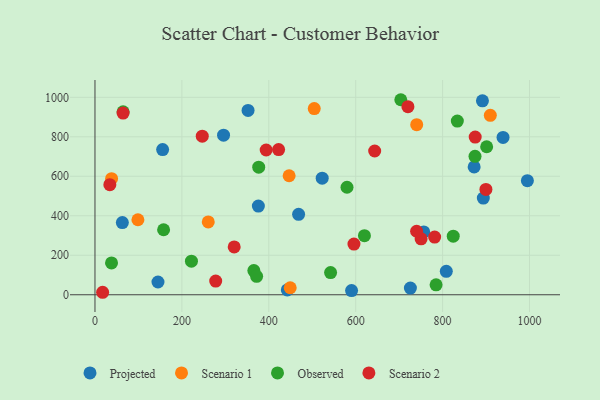
{"axis": {"x": "Speed", "y": "Demand"}, "legend": ["Observed", "Projected", "Scenario 1", "Scenario 2"], "data": [{"x": "590.5", "y": 21.4, "type": "Projected"}, {"x": "522.9", "y": 590.6, "type": "Projected"}, {"x": "468.6", "y": 407.5, "type": "Projected"}, {"x": "725.9", "y": 33.8, "type": "Projected"}, {"x": "893.7", "y": 489.6, "type": "Projected"}, {"x": "442.6", "y": 24.6, "type": "Projected"}, {"x": "808.5", "y": 118.5, "type": "Projected"}, {"x": "939.1", "y": 796.8, "type": "Projected"}, {"x": "872.6", "y": 647.3, "type": "Projected"}, {"x": "145.0", "y": 64.7, "type": "Projected"}, {"x": "295.9", "y": 808.0, "type": "Projected"}, {"x": "995.1", "y": 577.9, "type": "Projected"}, {"x": "155.7", "y": 735.4, "type": "Projected"}, {"x": "376.0", "y": 449.3, "type": "Projected"}, {"x": "352.3", "y": 933.3, "type": "Projected"}, {"x": "63.0", "y": 365.7, "type": "Projected"}, {"x": "891.7", "y": 982.2, "type": "Projected"}, {"x": "756.6", "y": 318.4, "type": "Projected"}, {"x": "504.6", "y": 942.8, "type": "Scenario 1"}, {"x": "260.7", "y": 369.0, "type": "Scenario 1"}, {"x": "446.8", "y": 602.8, "type": "Scenario 1"}, {"x": "38.2", "y": 588.1, "type": "Scenario 1"}, {"x": "740.4", "y": 861.6, "type": "Scenario 1"}, {"x": "98.8", "y": 379.9, "type": "Scenario 1"}, {"x": "909.8", "y": 908.9, "type": "Scenario 1"}, {"x": "449.3", "y": 35.6, "type": "Scenario 1"}, {"x": "580.0", "y": 544.4, "type": "Observed"}, {"x": "901.4", "y": 749.6, "type": "Observed"}, {"x": "542.2", "y": 112.2, "type": "Observed"}, {"x": "785.0", "y": 50.1, "type": "Observed"}, {"x": "824.5", "y": 296.7, "type": "Observed"}, {"x": "222.0", "y": 169.9, "type": "Observed"}, {"x": "365.6", "y": 122.6, "type": "Observed"}, {"x": "38.1", "y": 161.4, "type": "Observed"}, {"x": "833.9", "y": 879.7, "type": "Observed"}, {"x": "874.6", "y": 701.1, "type": "Observed"}, {"x": "620.1", "y": 299.1, "type": "Observed"}, {"x": "64.7", "y": 926.2, "type": "Observed"}, {"x": "372.0", "y": 93.4, "type": "Observed"}, {"x": "376.8", "y": 646.3, "type": "Observed"}, {"x": "157.9", "y": 329.2, "type": "Observed"}, {"x": "703.8", "y": 987.7, "type": "Observed"}, {"x": "750.5", "y": 283.4, "type": "Scenario 2"}, {"x": "34.2", "y": 557.3, "type": "Scenario 2"}, {"x": "875.0", "y": 798.7, "type": "Scenario 2"}, {"x": "394.0", "y": 733.1, "type": "Scenario 2"}, {"x": "17.6", "y": 12.6, "type": "Scenario 2"}, {"x": "781.7", "y": 292.0, "type": "Scenario 2"}, {"x": "899.7", "y": 533.5, "type": "Scenario 2"}, {"x": "596.0", "y": 256.5, "type": "Scenario 2"}, {"x": "277.8", "y": 69.2, "type": "Scenario 2"}, {"x": "320.4", "y": 242.3, "type": "Scenario 2"}, {"x": "64.7", "y": 920.1, "type": "Scenario 2"}, {"x": "643.7", "y": 728.0, "type": "Scenario 2"}, {"x": "720.2", "y": 952.5, "type": "Scenario 2"}, {"x": "422.6", "y": 735.3, "type": "Scenario 2"}, {"x": "740.2", "y": 321.7, "type": "Scenario 2"}, {"x": "246.9", "y": 803.3, "type": "Scenario 2"}]}